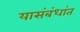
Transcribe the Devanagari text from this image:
यासंबंधांत